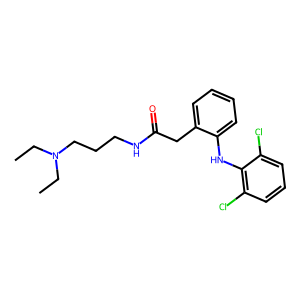
SMILES: CCN(CC)CCCNC(=O)Cc1ccccc1Nc1c(Cl)cccc1Cl
Inhibits HIV replication: No